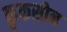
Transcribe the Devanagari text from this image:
कुकसोन